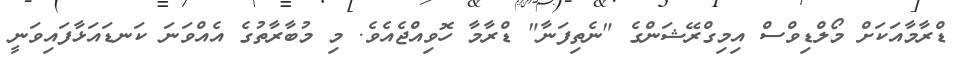
ޑްރާމާއަކަށް މޯލްޑިވްސް އިމިގްރޭޝަންގެ "ނެތިފަނާ" ޑްރާމާ ހޮވިއްޖެއެވެ. މި މުބާރާތުގެ އެއްވަނަ ކަނޑައަޅާފައިވަނީ